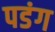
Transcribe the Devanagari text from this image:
पडंग